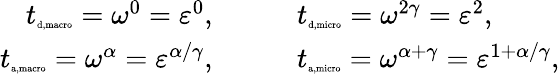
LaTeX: \begin{array}{rl}{{t}_{\tiny{\mathrm{d,macro}}}=\omega^{0}=\varepsilon^{0},\qquad}&{{t}_{\tiny{\mathrm{d,micro}}}=\omega^{2\gamma}=\varepsilon^{2},}\\ {{t}_{\tiny{\mathrm{a,macro}}}=\omega^{\alpha}=\varepsilon^{\alpha/\gamma},\qquad}&{{t}_{\tiny{\mathrm{a,micro}}}=\omega^{\alpha+\gamma}=\varepsilon^{1+\alpha/\gamma},}\end{array}